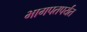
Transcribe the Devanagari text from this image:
भागपतपर्यंत